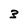
Character: 3